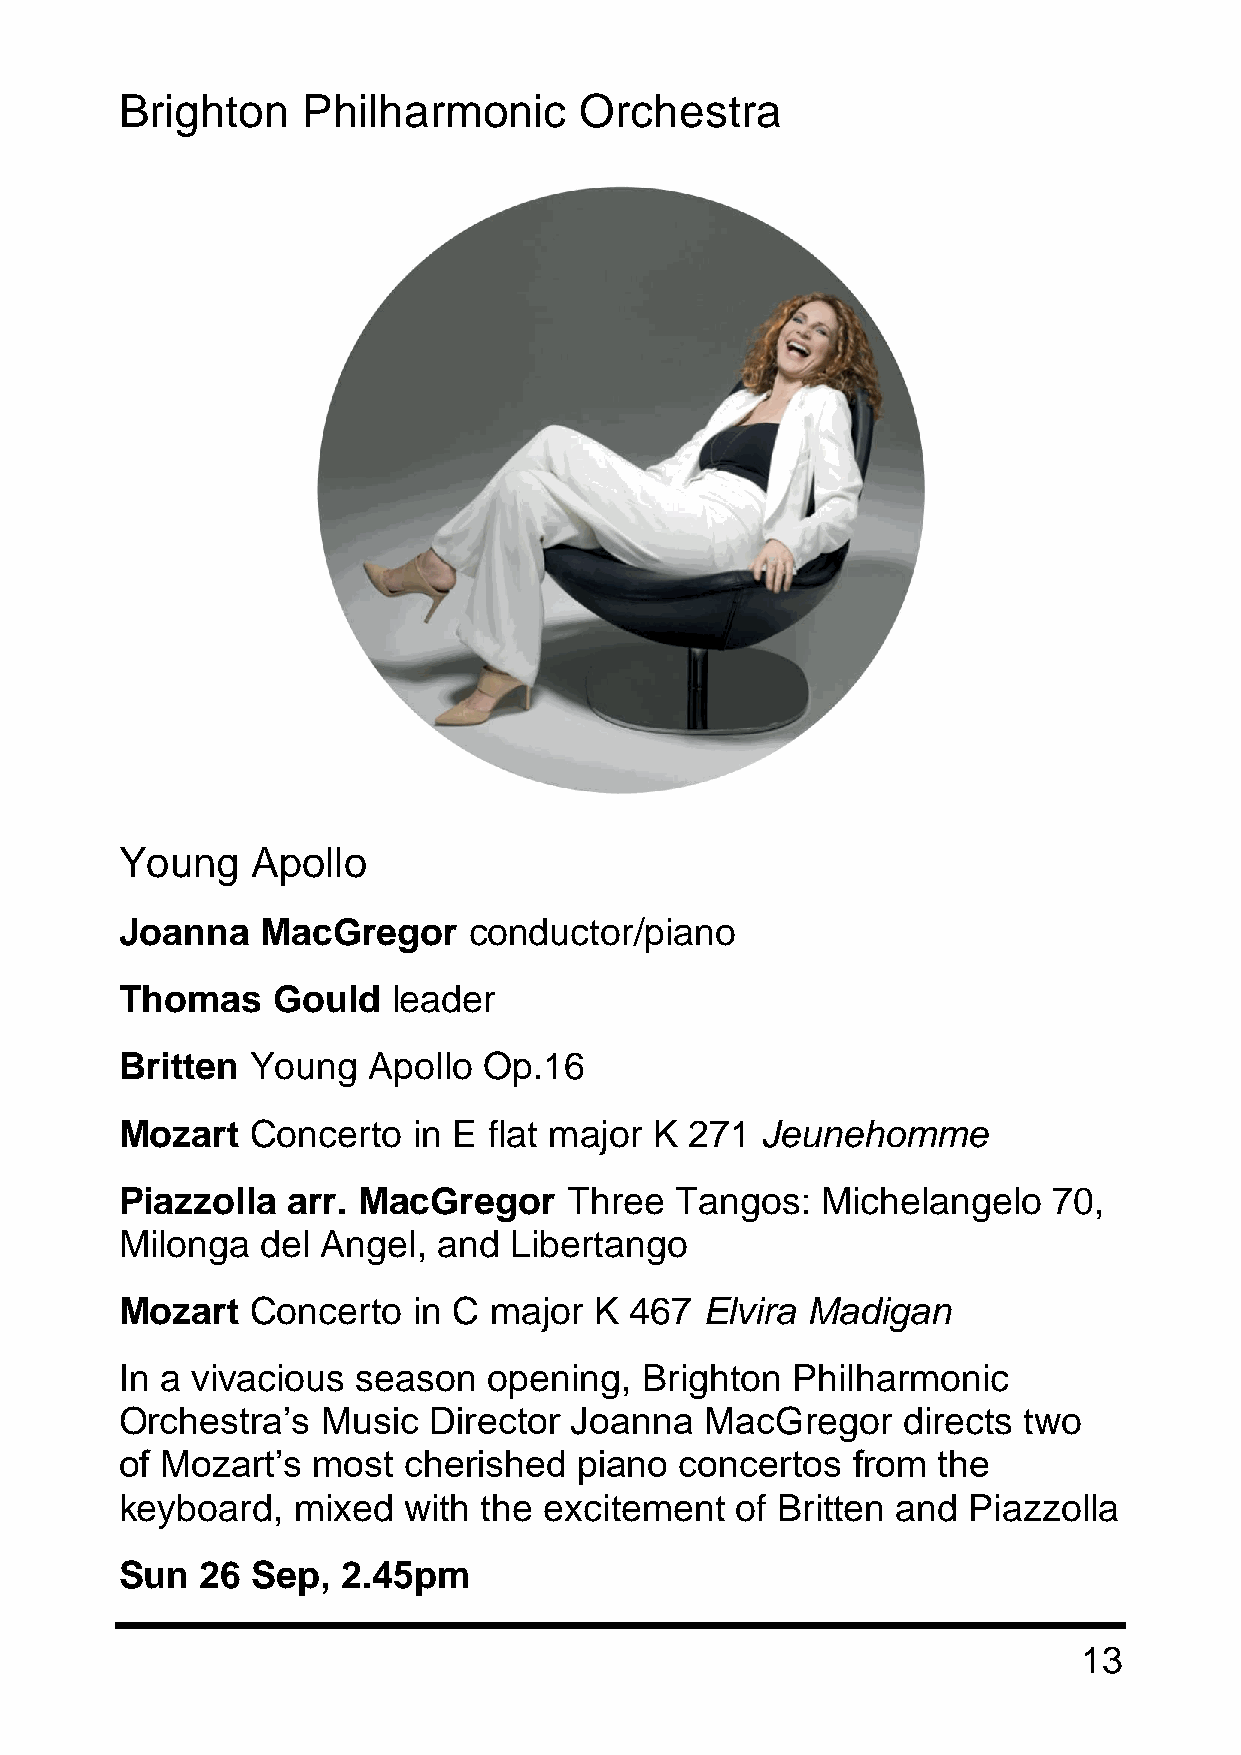
Brighton    Philharmonic      Orchestra
 Young    Apollo
 Joanna   MacGregor     conductor/piano
 Thomas    Gould   leader
 Britten  Young  Apollo  Op.16
 Mozart   Concerto  in E flat major K  271 Jeunehomme
 Piazzolla  arr. MacGregor     Three  Tangos:  Michelangelo    70,
 Milonga  del Angel,  and  Libertango
 Mozart   Concerto  in C major  K  467 Elvira Madigan
 In a vivacious  season  opening,  Brighton  Philharmonic
 Orchestra’s  Music  Director  Joanna   MacGregor    directs two
 of Mozart’s  most  cherished  piano  concertos  from  the
 keyboard,  mixed   with the excitement   of Britten and Piazzolla
 Sun  26  Sep,  2.45pm
 13